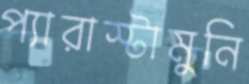
প্যারাস্টামুনি